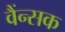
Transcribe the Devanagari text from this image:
वैंन्सक